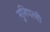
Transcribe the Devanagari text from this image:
मुनिपत्‍नी